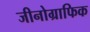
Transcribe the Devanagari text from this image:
जीनोग्राफिक